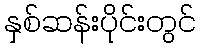
နှစ်ဆန်းပိုင်းတွင်